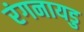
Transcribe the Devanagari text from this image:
रंगनायडु